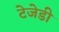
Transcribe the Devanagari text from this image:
टेजेडी